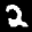
Label: 2